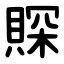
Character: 賝